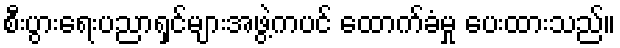
စီးပွားရေးပညာရှင်များအဖွဲ့ကပင် ထောက်ခံမှု ပေးထားသည်။